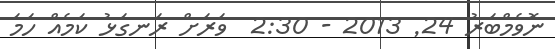
ނޮވެމްބަރު 24